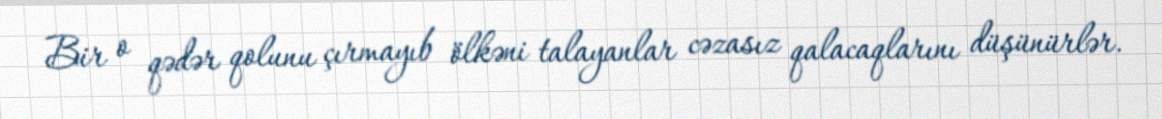
Bir o qədər qolunu çırmayıb ölkəni talayanlar cəzasız qalacaqlarını düşünürlər.